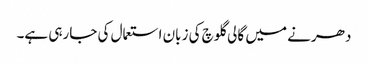
دھرنے میں گالی گلوچ کی زبان استعمال کی جارہی ہے۔